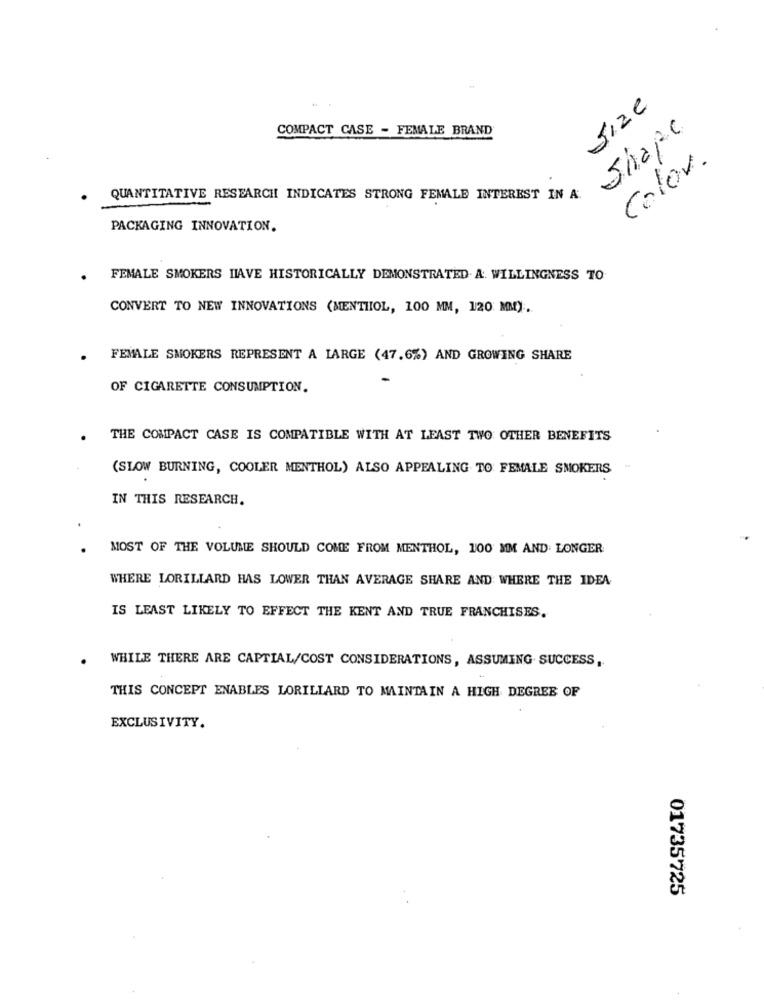
size
COMPACT CASE - FEMALE BRAND
Shape
Color.
QUANTITATIVE RESEARCH INDICATES STRONG FEMALE INTEREST IN A.
PACKAGING INNOVATION.
FEMALE SMOKERS HAVE HISTORICALLY DEMONSTRATED. A. WILLINGNESS TO
CONVERT TO NEW INNOVATIONS (MENTIIOL, 100 MM, 120 MM).
FEMALE SMOKERS REPRESENT A LARGE (47.6%) AND GROWING SHARE
OF CIGARETTE CONSUMPTION.
THE COMPACT CASE IS COMPATIBLE WITH AT LEAST TWO OTHER BENEFITS
(SLOW BURNING, COOLER MENTHOL) ALSO APPEALING TO FEMALE SMOKERS
IN THIS RESEARCH.
MOST OF THE VOLUME SHOULD COME FROM MENTHOL, 100 MM AND: LONGER
WHERE LORILLARD HAS LOWER THAN AVERAGE SHARE AND WHERE THE IDEA
IS LEAST LIKELY TO EFFECT THE KENT AND TRUE FRANCHISES.
WHILE THERE ARE CAPTIAL/COST CONSIDERATIONS, ASSUMING SUCCESS,
THIS CONCEPT ENABLES LORILLARD TO MAINTAIN A HIGH DEGREE OF
EXCLUSIVITY.
01735725